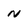
Character: N